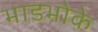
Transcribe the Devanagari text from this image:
भाडभोके